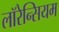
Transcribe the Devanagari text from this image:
लॉरेन्सियम